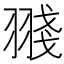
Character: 䎒